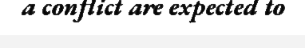
a conflict are expected to